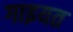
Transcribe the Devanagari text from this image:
गाइयत